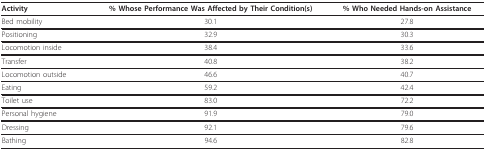
<table><thead><tr><td><b>Activity</b></td><td><b>% Whose Performance Was Affected by Their Condition(s)</b></td><td><b>% Who Needed Hands-on Assistance</b></td></tr></thead><tbody><tr><td>Bed mobility</td><td>30.1</td><td>27.8</td></tr><tr><td>Positioning</td><td>32.9</td><td>30.3</td></tr><tr><td>Locomotion inside</td><td>38.4</td><td>33.6</td></tr><tr><td>Transfer</td><td>40.8</td><td>38.2</td></tr><tr><td>Locomotion outside</td><td>46.6</td><td>40.7</td></tr><tr><td>Eating</td><td>59.2</td><td>42.4</td></tr><tr><td>Toilet use</td><td>83.0</td><td>72.2</td></tr><tr><td>Personal hygiene</td><td>91.9</td><td>79.0</td></tr><tr><td>Dressing</td><td>92.1</td><td>79.6</td></tr><tr><td>Bathing</td><td>94.6</td><td>82.8</td></tr></tbody></table>